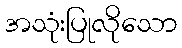
အသုံးပြုလိုသော